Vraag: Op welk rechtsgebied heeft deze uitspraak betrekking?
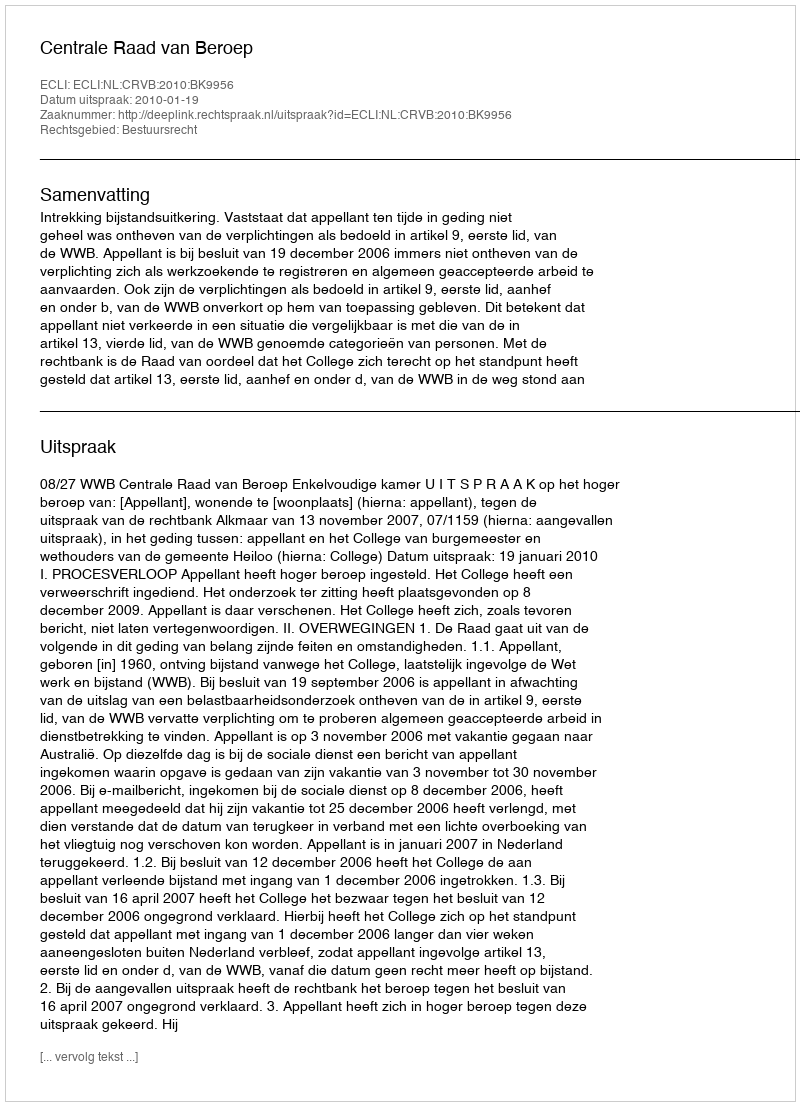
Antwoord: Bestuursrecht